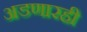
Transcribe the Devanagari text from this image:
अडणारही